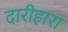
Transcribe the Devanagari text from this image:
दारीहारा